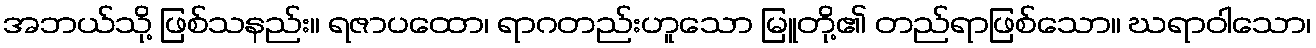
အဘယ်သို့ ဖြစ်သနည်း။ ရဇာပထော၊ ရာဂတည်းဟူသော မြူတို့၏ တည်ရာဖြစ်သော။ ဃရာဝါသော၊